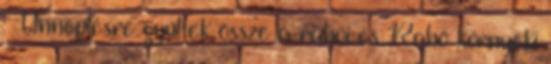
- Ünneplésre gyűltek össze a rahói és Rahó környéki